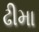
ઢીમા